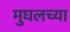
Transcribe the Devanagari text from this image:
मुघलच्या